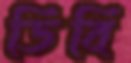
ডিবি